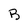
Character: B